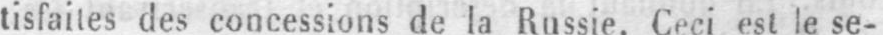
tisfaites des concessions de la Russie. Ceci est le se-